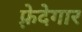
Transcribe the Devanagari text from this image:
फ़्रेदेगार